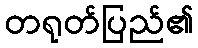
တရုတ်ပြည်၏